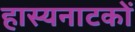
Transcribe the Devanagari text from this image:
हास्यनाटकों